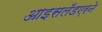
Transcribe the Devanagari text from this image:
आइसलँडएरने